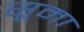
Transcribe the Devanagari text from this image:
सूमा